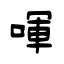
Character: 喗